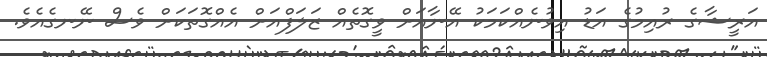
އަރީޝާގެ ރުއިމުގެ އަޑު އިވުނެއްކަމަކު އޭނާއަށް ވީގޮތެއް ޒަލަފްއަށް އެއްގޮތަކަށް ވެސް ނޭނގެއެވެ.